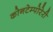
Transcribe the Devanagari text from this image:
कोनटेम्पोरेरी